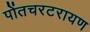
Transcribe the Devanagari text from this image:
पोंतचरटरायण